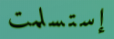
إستسلمت